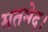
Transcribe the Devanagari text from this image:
मतभेद।